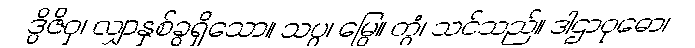
ဒွိဇိဝှ၊ လျှာနှစ်ခွရှိသော။ သပ္ပ၊ မြွေ။ တွံ၊ သင်သည်။ ဒါဌာဝုဓော၊